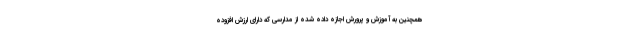
همچنین به آموزش و پرورش اجازه داده شده از مدارسی که دارای ارزش افزوده